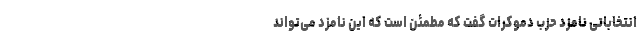
انتخاباتی نامزد حزب دموکرات گفت که مطمئن است که این نامزد می‌تواند